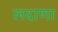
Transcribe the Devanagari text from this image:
लदाणा